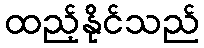
ထည့်နိုင်သည်